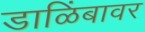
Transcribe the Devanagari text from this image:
डाळिंबावर